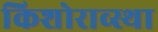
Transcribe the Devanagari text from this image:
किशोराव्स्था